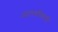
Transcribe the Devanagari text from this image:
जालपत्रिकाही